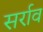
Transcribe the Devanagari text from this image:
सर्राव